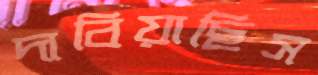
দাবিয়াছিস